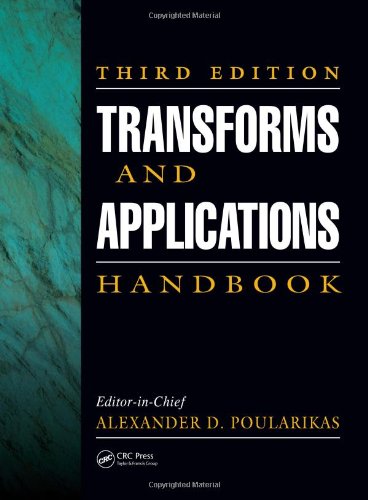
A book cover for Transforms and Applications Handbook, Third Edition (Electrical Engineering Handbook); Science & Math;